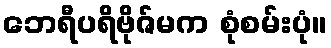
ဘေရီပရိဗိုဇ်မက စုံစမ်းပုံ။